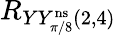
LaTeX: R_{YY_{\pi/8}^{\mathrm{ns}}(2,4)}